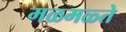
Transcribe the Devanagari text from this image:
मळमळ्ते